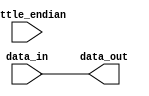

module endian_swap #(
  parameter BYTES = 1
)(
  input  [0:8*BYTES-1] data_in,
  input                little_endian,
  output [0:8*BYTES-1] data_out
);

  genvar i;
  generate
    for (i = 0; i < BYTES; i = i + 1) begin: block
      assign data_out[8*i:8*i+7] = (little_endian) ?
               data_in[8*(BYTES-1-i):8*(BYTES-1-i)+7] :
               data_in[8*i:8*i+7];
    end
  endgenerate

endmodule